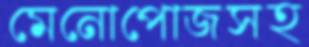
মেনোপোজসহ